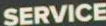
SERVICE